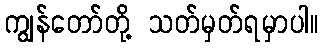
ကျွန်တော်တို့ သတ်မှတ်ရမှာပါ။